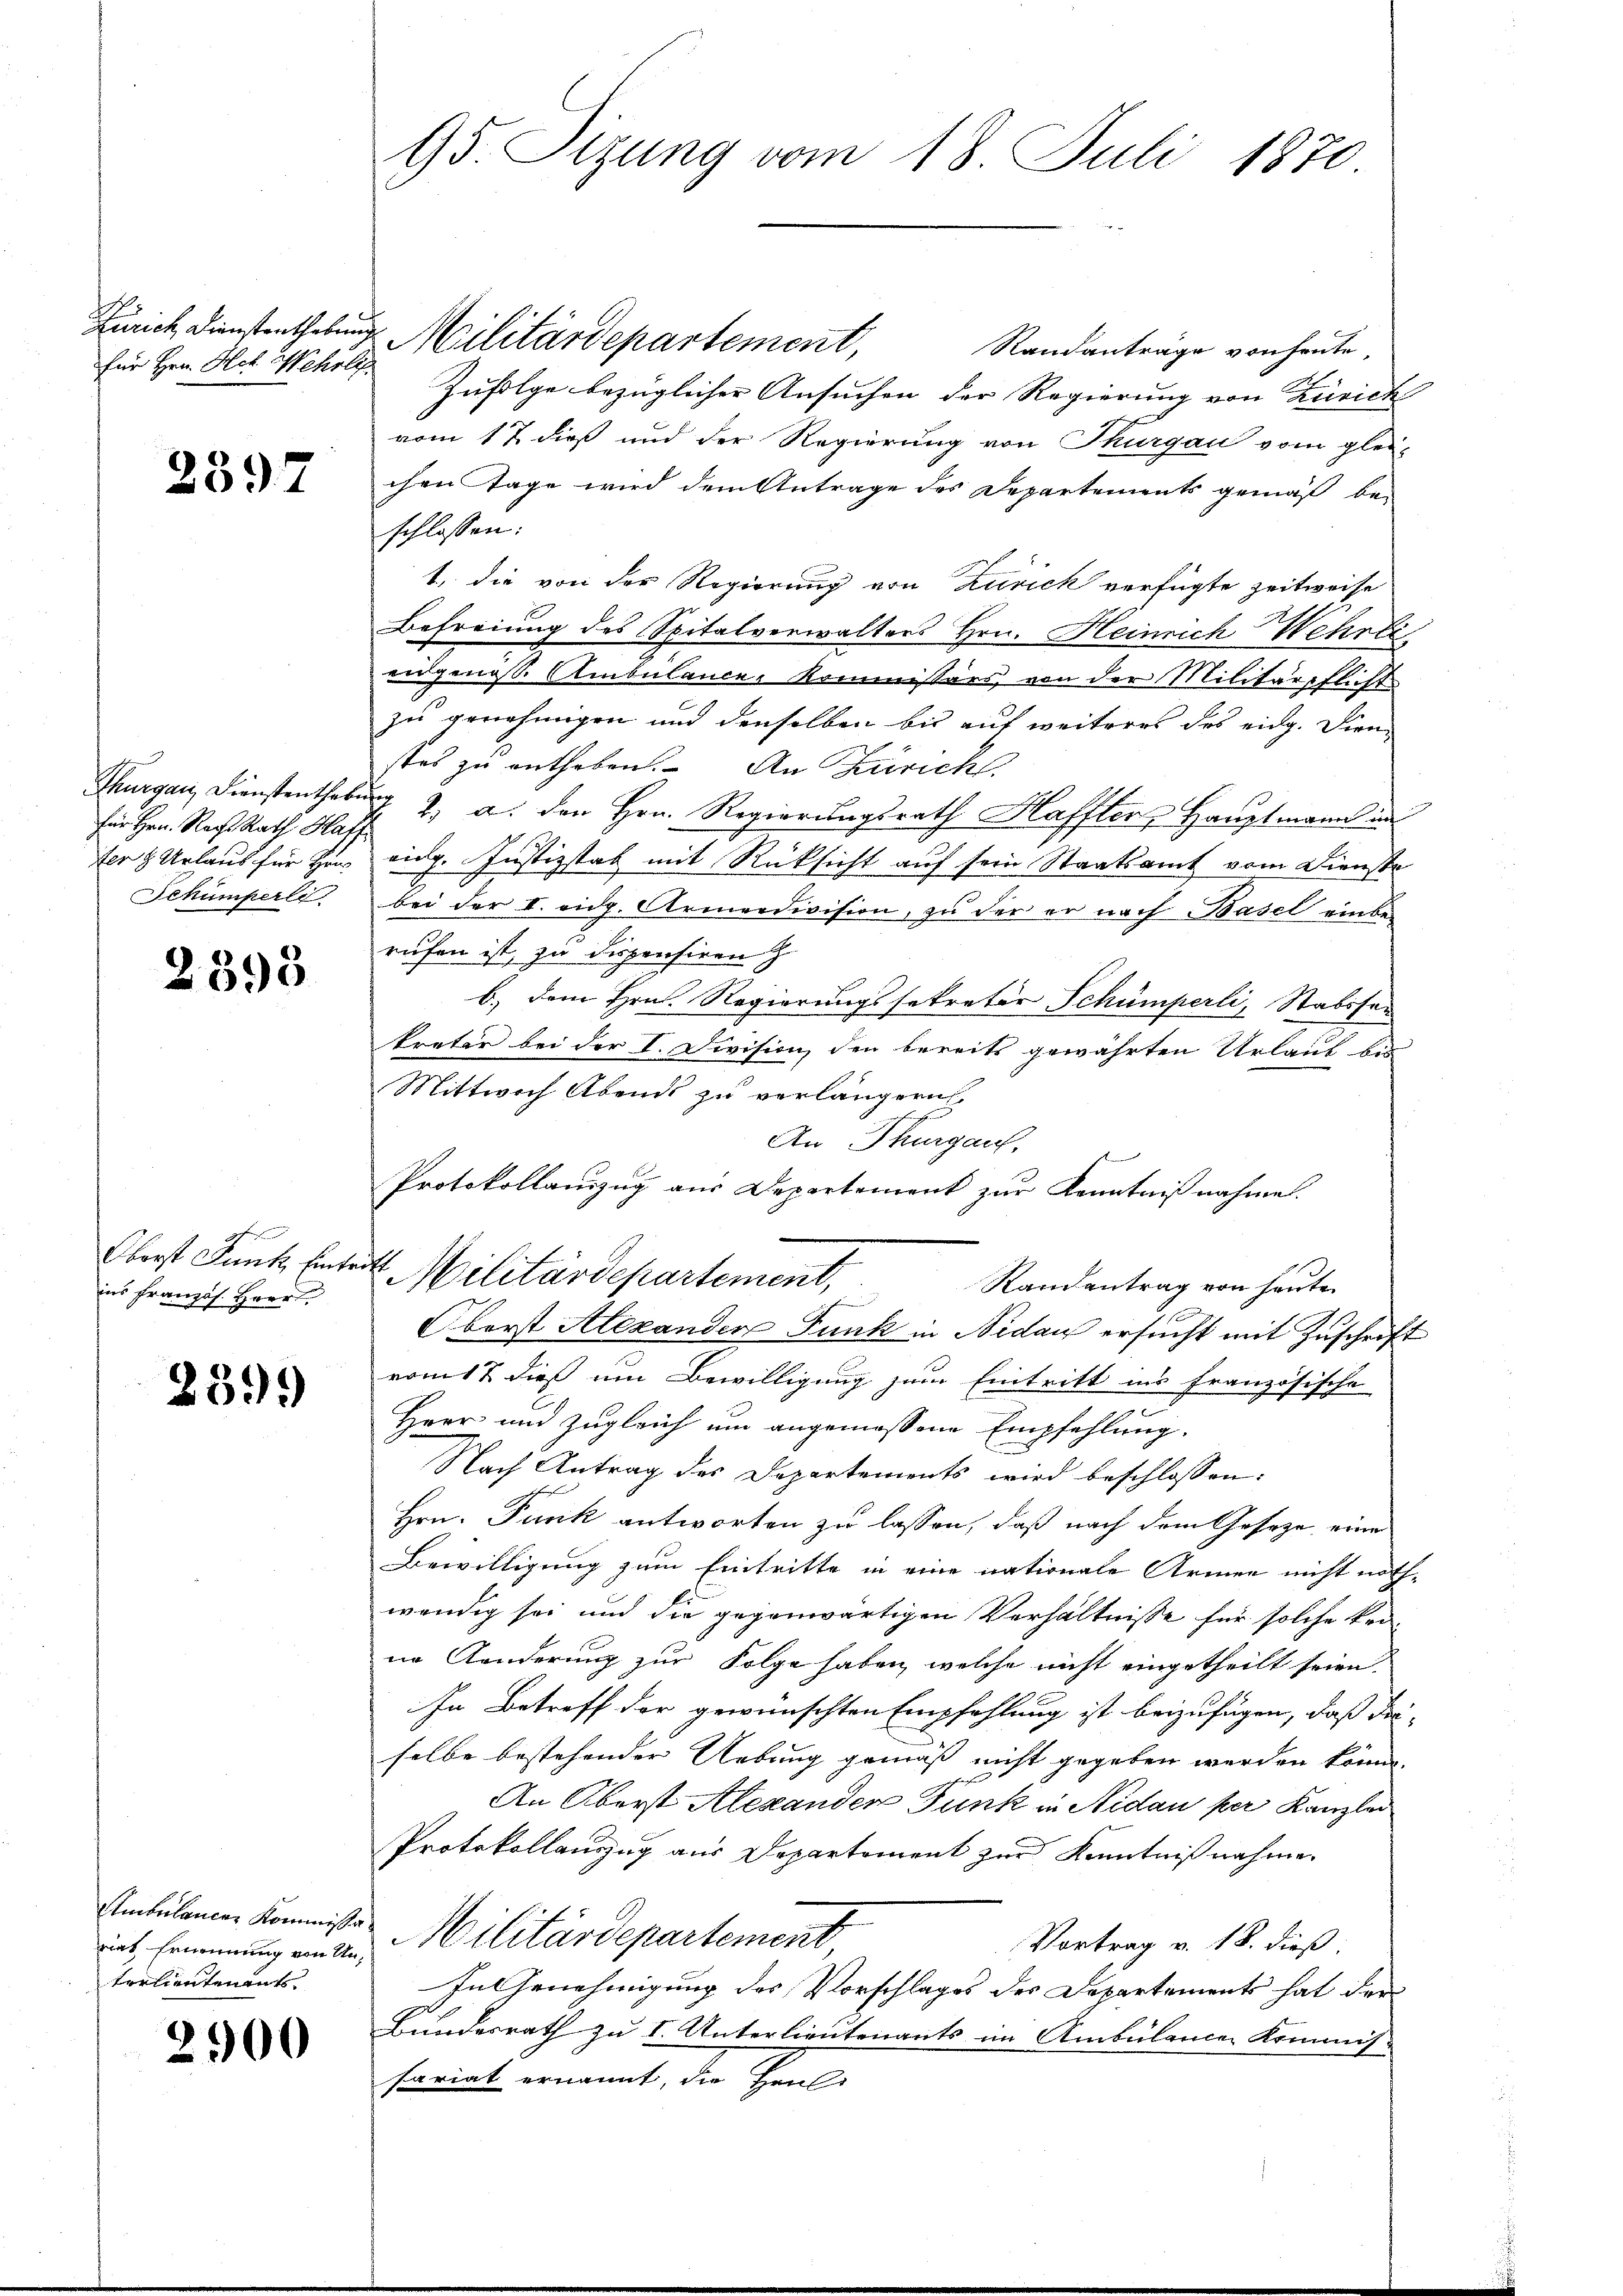
Zürich Dienstenthebung
für Hrn. Hch. Wehrli

2397

Thurgau, Dienstenthabe
für Hrn. Recht Rath Hat
fer 8 Urlaub für Hans
Schümperli

2398

Oberst Junke Einte
ins französ. Herr

239)

Ambulance Kommissa
riat Ernennung von Unterlieutenants.

2900

95 Sizung vom 18. Juli 1870

Militärdepartement,
Randanträge von heute,
Zufolge bezüglicher Ansuchen der Regierung von Zürich
vom 17 dieß und der Regierung von Thurgau vom glei-
chen Tage wird dem Antrage des Departements gemäß beschlossen:
1., die von der Regierung von Zurick verfügte Zeitweise
Befreiung des Spitalverwalters Hrn. Heinrich Wehrli
uungenoss. Ambulances Kommissärs von der Militärpflicht
zu genehmigen und denselben bis auf weiteres des eidg. Dien
stes zu entheben. An Zürich.
& 2. a. den Hrn. Regierungsrath Haffter, Hauptmann in
vidg. Justizstab mit Rücksicht auf sein Staatsamt vom Dienste
bei der II. eidg. Armeedivision, zu der er nach Basel einberufen ist, zu dispensiren Z
b.) dem Hrn. Regierungssekretär Schümperli, Stabsfer
kreter bei der I. Division, den bereits gewährten Urlaut bis
Mittwoch Abends zu verlängern
An Thurgau.
Protokollaŭszŭg aŭs Departement zŭr Kenntniβnahme.
4. Militärdepartement,
Randantrag von heute
Oberst Alexanden Funk in Nidau ersucht mit Zuschrift
vom 17. dieß um Bewilligung zum Eintritt ins französische
Herr und zugleich um angemessene Empfehlung.
Nach Antrag des Departements wird beschlossen:
Hrn. Funk antworten zu lassen, daß nach dem Gesetze eine
Bewilligung zum Eintritte in eine nationale Armen nicht noth
wendig sei und die gegenwärtigen Verhältnisse für solche keine Kinderung zur Folge haben, welche nicht eingetheilt seien.
In Betreff der gewünschten Empfehlung ist beizufügen, daß die
selbe bestehender Uebung gemäß nicht gegeben werden könne.
An Oberst Alexanden Funk in Nidau per Kanzlei
Protokollauszug aus Departement zur Kenntnißnahme.
Militärdepartement
Vortrag v. 18. dieß:
In Genehmigung des Vorschlages des Departements hat der
Bundesrath zu I. Unterlieutenants im Ambularen Kommis-
fariat ernannt, die Heul